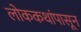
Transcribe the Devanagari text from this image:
लोककथांपासून